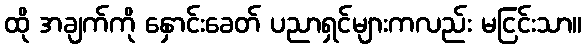
ထို အချက်ကို နှောင်းခေတ် ပညာရှင်များကလည်း မငြင်းသာ။